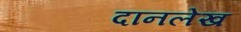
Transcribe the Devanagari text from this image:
दानलेख